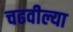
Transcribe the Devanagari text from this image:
चढवील्या